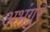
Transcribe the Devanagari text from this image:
अभंगुर